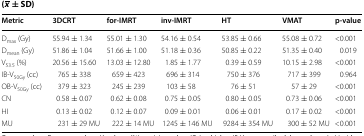
| Metric | 3DCRT | for-IMRT | inv-IMRT | HT | VMAT | p-value |
 | --- | --- | --- | --- | --- | --- | --- |
 | Dmax (Gy) | 55.94 ± 1.34 | 55.01 ± 1.30 | 54.16 ± 0.54 | 53.85 ± 0.66 | 55.08 ± 0.72 | <0.001 |
 | Dmean (Gy) | 51.86 ± 1.04 | 51.66 ± 1.00 | 51.18 ± 0.36 | 50.85 ± 0.22 | 51.35 ± 0.40 | 0.019 |
 | V53.5 (%) | 20.56 ± 15.60 | 13.03 ± 12.80 | 1.85 ± 1.77 | 0.39 ± 0.59 | 10.15 ± 2.98 | <0.001 |
 | IB-V50Gy (cc) | 765 ± 338 | 659 ± 423 | 696 ± 314 | 750 ± 376 | 717 ± 399 | 0.964 |
 | OB-V50Gy (cc) | 379 ± 323 | 245 ± 239 | 103 ± 58 | 76 ± 51 | 57 ± 29 | <0.001 |
 | CN | 0.58 ± 0.07 | 0.62 ± 0.08 | 0.75 ± 0.05 | 0.80 ± 0.05 | 0.73 ± 0.06 | <0.001 |
 | HI | 0.13 ± 0.02 | 0.12 ± 0.07 | 0.09 ± 0.01 | 0.06 ± 0.01 | 0.17 ± 0.02 | <0.001 |
 | MU | 231 ± 29 MU | 222 ± 14 MU | 1245 ± 146 MU | 9284 ± 354 MU | 300 ± 52 MU | <0.001 |